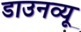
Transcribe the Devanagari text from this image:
डाउनव्यू